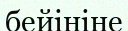
бейініне